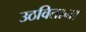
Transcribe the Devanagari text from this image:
उठविताना